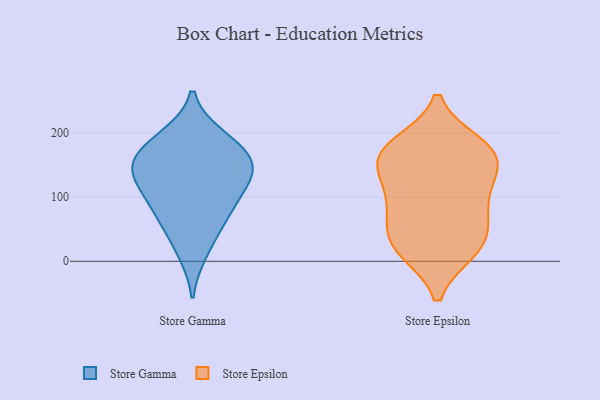
{"axis": {"x": "Website Visitors", "y": "Value"}, "legend": ["Store Epsilon", "Store Gamma"], "data": [{"x": "", "y": 164, "type": "Store Gamma"}, {"x": "", "y": 13, "type": "Store Gamma"}, {"x": "", "y": 160, "type": "Store Gamma"}, {"x": "", "y": 129, "type": "Store Gamma"}, {"x": "", "y": 142, "type": "Store Gamma"}, {"x": "", "y": 127, "type": "Store Gamma"}, {"x": "", "y": 195, "type": "Store Gamma"}, {"x": "", "y": 155, "type": "Store Gamma"}, {"x": "", "y": 84, "type": "Store Gamma"}, {"x": "", "y": 106, "type": "Store Gamma"}, {"x": "", "y": 191, "type": "Store Gamma"}, {"x": "", "y": 74, "type": "Store Gamma"}, {"x": "", "y": 51, "type": "Store Gamma"}, {"x": "", "y": 44, "type": "Store Epsilon"}, {"x": "", "y": 79, "type": "Store Epsilon"}, {"x": "", "y": 180, "type": "Store Epsilon"}, {"x": "", "y": 113, "type": "Store Epsilon"}, {"x": "", "y": 168, "type": "Store Epsilon"}, {"x": "", "y": 124, "type": "Store Epsilon"}, {"x": "", "y": 28, "type": "Store Epsilon"}, {"x": "", "y": 160, "type": "Store Epsilon"}, {"x": "", "y": 167, "type": "Store Epsilon"}, {"x": "", "y": 18, "type": "Store Epsilon"}, {"x": "", "y": 81, "type": "Store Epsilon"}, {"x": "", "y": 19, "type": "Store Epsilon"}, {"x": "", "y": 166, "type": "Store Epsilon"}]}